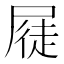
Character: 𭕫